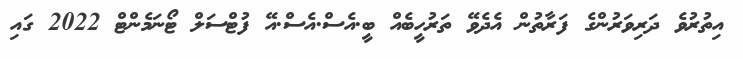
އިތުރުވެ ދަރިވަރުންގެ ފަރާތުން އެދެވޭ ތަރުހީބެއް ބީ.އެސް.އެސް.އޭ ފުޓްސަލް ޓޯނަމެންޓް 2022 ގައި